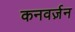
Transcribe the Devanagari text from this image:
कनवर्ज़न